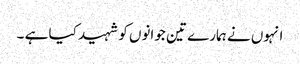
انہوں نے ہمارے تین جوانوں کو شہید کیا ہے ۔